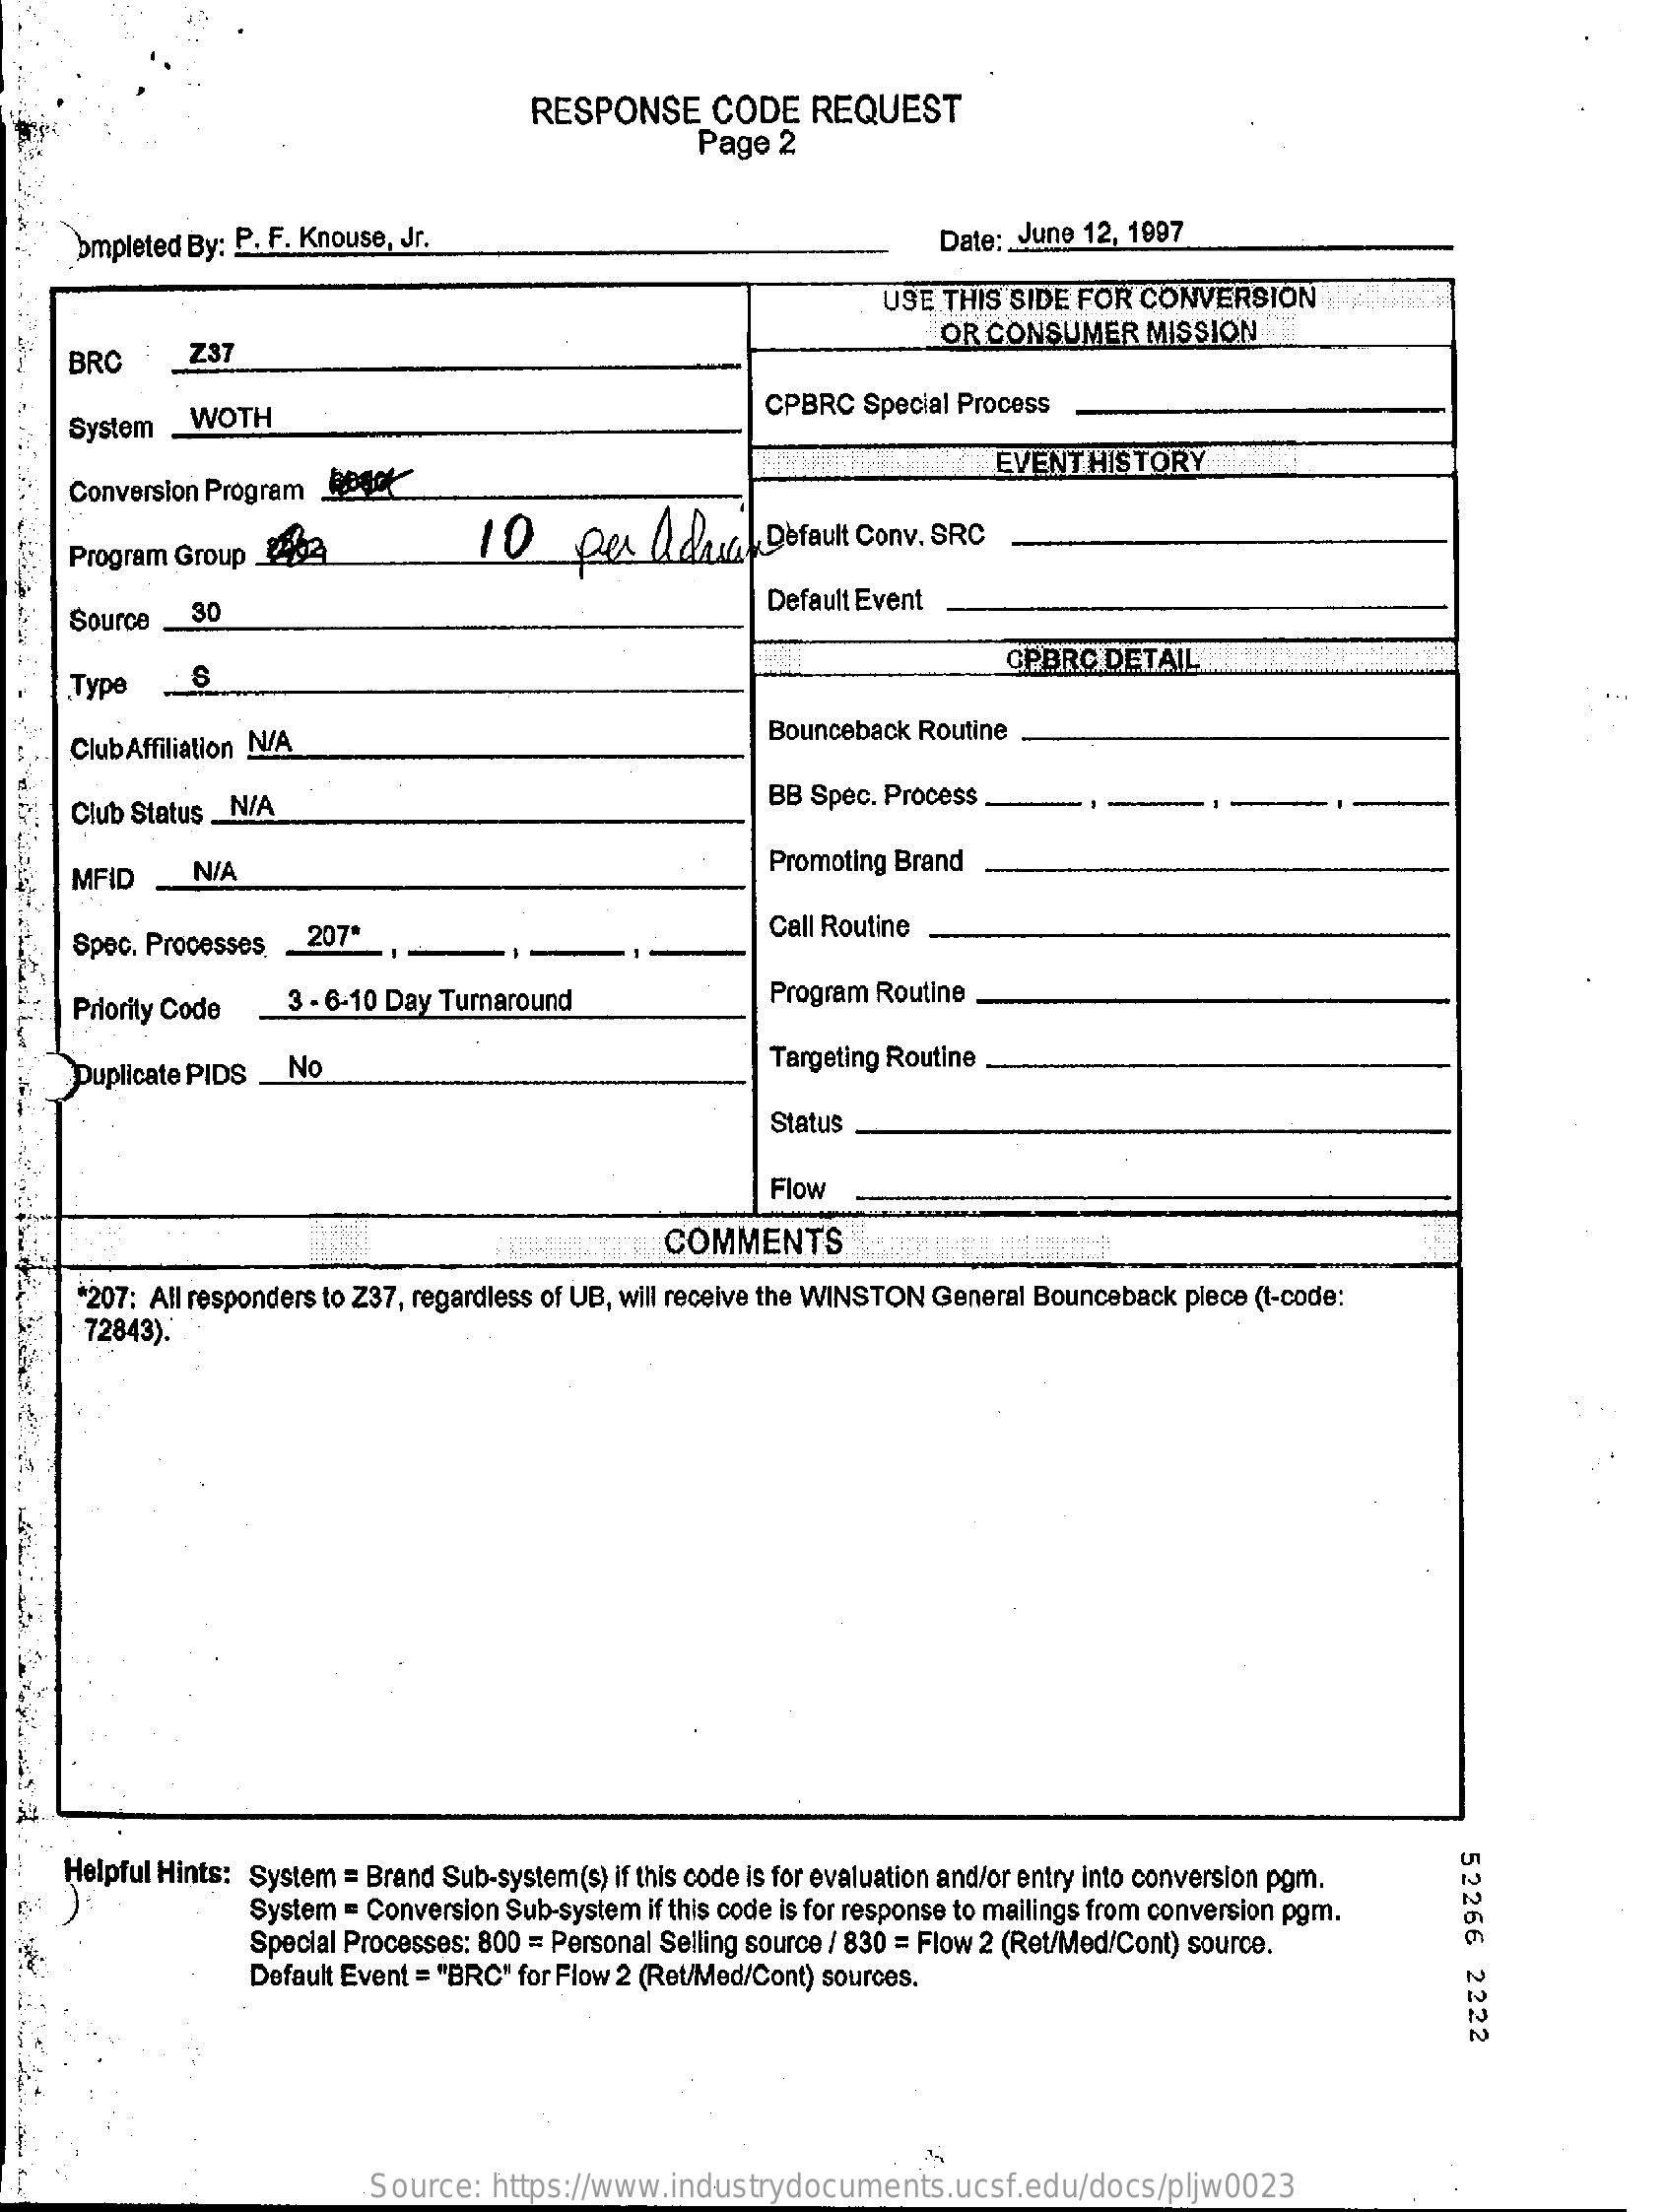
RESPONSE    CODE   REQUEST
     Page  2
     bmpleted By: P. F. Knouse, Jr.    Date :_ June 12, 1997
     USE THIS SIDE FOR CONVERSION
     BRC    Z37
     OR CONSUMER    MISSION
     System _WOTH
     CPBRC  Special Process
     Conversion Program Beget
     EVENT HISTORY
     Program Group _202    10    per   &dairy   Default Conv . SRC
     Source.  30    Default Event
     Type
     CPBRC  DETAIL
     Club Affiliation N/A    Bounceback Routine
     Club Status _N/A    BB Spec. Process
     MFID    N/A    Promoting Brand
     Spec. Processes. 207*    Call Routine
     Priority Code   3 - 6-10 Day Turnaround    Program Routine
     Duplicate PIDS. No    Targeting Routine
     Status
     Flow
     COMMENTS
     *207: All responders to Z37, regardless of UB, will receive the WINSTON General Bounceback plece (1-code:
     72843).
     52266
     2222
     Helpful Hints: System = Brand Sub-system(s) if this code is for evaluation and/or entry into conversion pgm.
     System = Conversion Sub-system if this code is for response to mailings from conversion pgm.
     Special Processes: 800 = Personal Selling source / 830 = Flow 2 (Ret/Med/Cont) source.
     Default Event = "BRC" for Flow 2 (Ret/Med/Cont) sources.
     Source: https://www.industrydocuments.ucsf.edu/docs/pljw0023